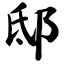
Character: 邸